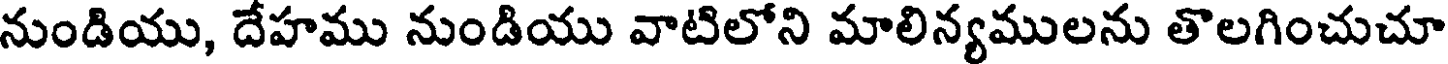
నుండియు, దేహము నుండియు వాటిలోని మాలిన్యములను తొలగించుచూ